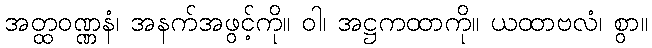
အတ္ထဝဏ္ဏနံ၊ အနက်အဖွင့်ကို။ ဝါ၊ အဋ္ဌကထာကို။ ယထာဗလံ၊ စွာ။